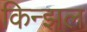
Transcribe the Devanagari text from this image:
किन्झल